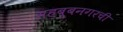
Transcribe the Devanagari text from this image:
महबूबनगरची